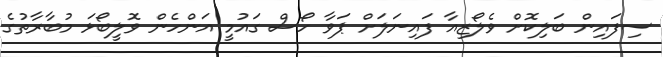
ސިފައިން ބަލިކޮށް ވެލޯޒިއާ ފައިނަލަށް ޕަވާ ހޯސް ގައުމީ އަންހެން ވޮލީބޯޅަ މުބާރާތުގެ